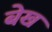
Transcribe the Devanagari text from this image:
बेख